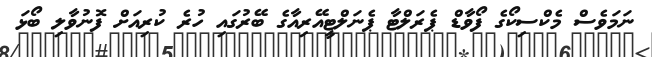
ނަމަވެސް މެކްސިކޯގެ ފޯވާޑް ޕެރަލްޓާ ޕެނަލްޓީއޭރިއާގެ ބޭރުގައި ހުރެ ކުރިއަށް ފޮނުވާލި ބޯޅަ